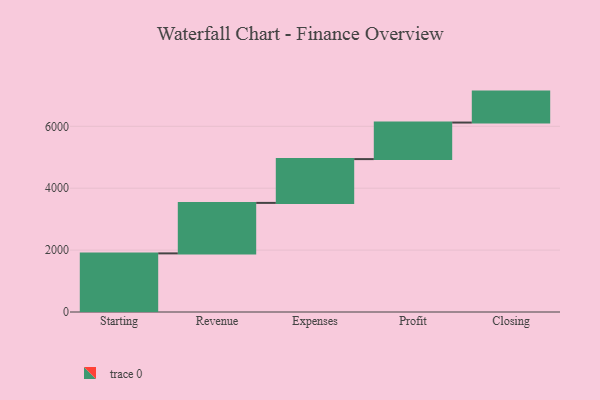
{"axis": {"x": "Step", "y": "Value"}, "legend": [""], "data": [{"x": "Starting", "y": 1894.0, "type": ""}, {"x": "Revenue", "y": 1631.0, "type": ""}, {"x": "Expenses", "y": 1415.0, "type": ""}, {"x": "Profit", "y": 1181.0, "type": ""}, {"x": "Closing", "y": 1000, "type": ""}]}